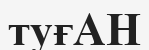
туғАН